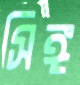
সিঙ্গ